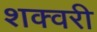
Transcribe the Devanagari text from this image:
शक्वरी